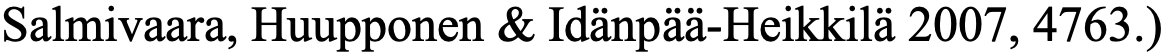
Salmivaara, Huupponen & Idänpää-Heikkilä 2007, 4763.)